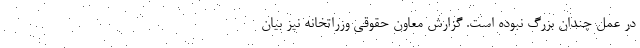
در عمل چندان بزرگ نبوده است. گزارش معاون حقوقی وزراتخانه نیز بیان